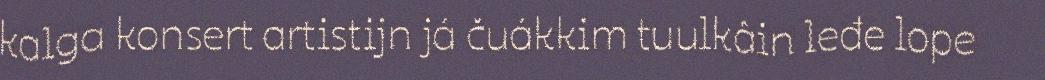
kalga konsert artistijn já čuákkim tuulkâin leđe lope